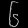
Digit: ၆